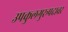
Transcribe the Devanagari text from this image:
उपकुलगुरूपदावर